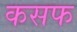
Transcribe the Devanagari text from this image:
कसफ